Madras plague regulations in force outside the Presidency town - Volume 1
Disease focus: Plague
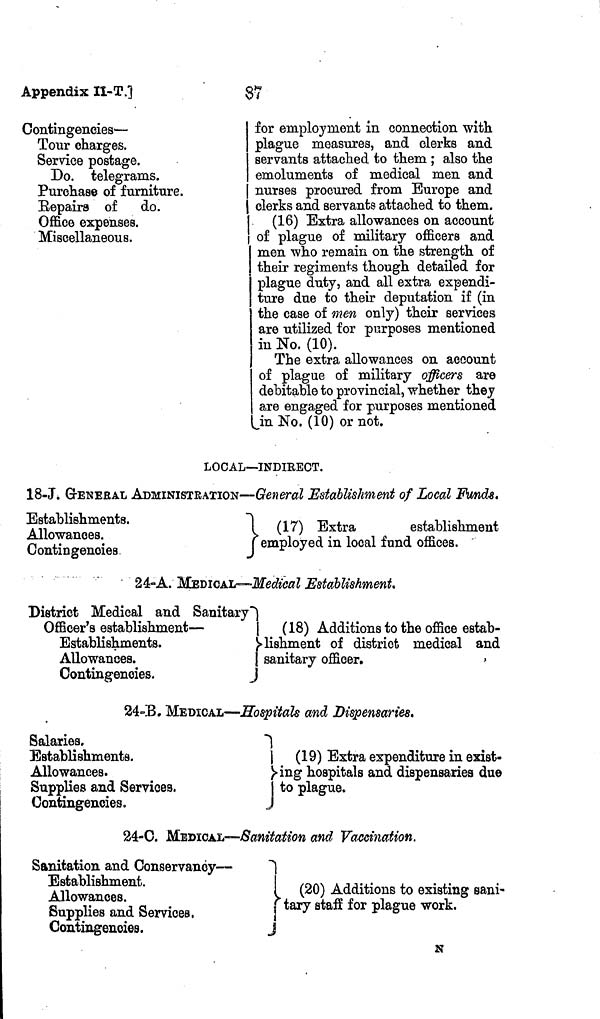
Appendix IÎ-T.]
$7
Contingencies-
Tour charges.
Service postage.
Do. telegrams.
Purchase of furniture.
Repairs of
do.
Office expenses.
Miscellaneous.
for employment in connection with
plague measures, and clerks and
servants attached to them ; also the
emoluments of medical men and
nurses procured from Europe and
clerks and servants attached to them.
(16) Extra allowances on account
of plague of military officers and
men who remain on the strength of
their regiments though detailed for
plague duty, and all extra expendi-
ture due to their deputation if (in
the case of men only) their services
are utilized for purposes mentioned
in No. (10).
The extra allowances on account
of plague of military officers are
debitable to provincial, whether they
are engaged for purposes mentioned
Jn No. (10) or not.
LOCAL—INDIRECT.
8-J. G-ENERAL ADMINISTRATION —
Establishments.
Allowances.
Contingencies.
General Establishment of Local Funds.
(
17) Extra
establishment
employed in local fund offices.
24-A. MEDICAL— Medical Establishment,
District Medical and Sanitary
Officer's establishment —
Establishments.
Allowances.
Contingencies.
(18) Additions to the office estab-
jlishment of district medical and
sanitary officer.
24-B. MEDICAL — Hospitals and Dispensaries.
Salaries.
Establishments.
Allowances.
Supplies and Services.
Contingencies.
(19)
Extra expenditure in exist-
ing hospitals and dispensaries due
to plague.
24-C. MEDICAL— Sanitation and Vaccination.
Sanitation and Conservancy —
Establishment.
Allowances.
Supplies and Services,
Contingencies.
(20) Additions to existing sani-
"tary staff for plague work.